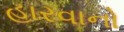
હારવાનો